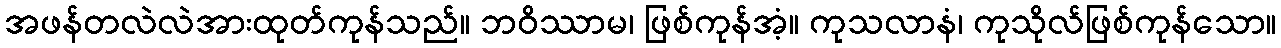
အဖန်တလဲလဲအားထုတ်ကုန်သည်။ ဘဝိဿာမ၊ ဖြစ်ကုန်အံ့။ ကုသလာနံ၊ ကုသိုလ်ဖြစ်ကုန်သော။